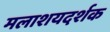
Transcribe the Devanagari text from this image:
मलाशयदर्शक